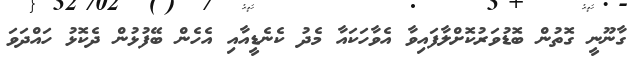
ގާނޫނީ ގޮތުން ބޮޑުވަރުކޮށްލާފައިވާ އެވާހަކައާ މެދު ކެނެޑީއާއި އެހެން ބޭފުޅުން ދެކޮޅު ހައްދަވަ